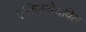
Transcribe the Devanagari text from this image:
एलिज़ाबेथविल